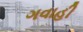
ગવાહી